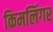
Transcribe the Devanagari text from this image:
किमलिंगर